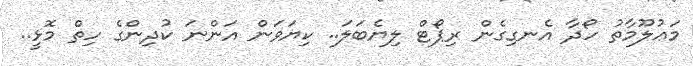
މަޢުލޫމާތު ހޯދާ އެނގިގެން ރިޕޯޓް ލިޔެބަލަ.. ކިޔަވަން އަންނަ ކުދިންގެ ހިތް މޮޅީ..